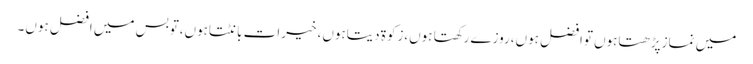
میں نمازپڑھتاہوں توافضل ہوں،روزے رکھتا ہوں،زکوۃ دیتاہوں، خیرات بانٹتاہوں،توبس میں افضل ہوں۔